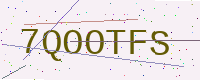
Text: 7QOOTFS